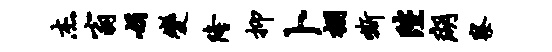
杰翁娟变隆抑卜棚嘶陛瑚察